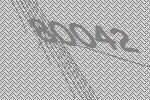
80042